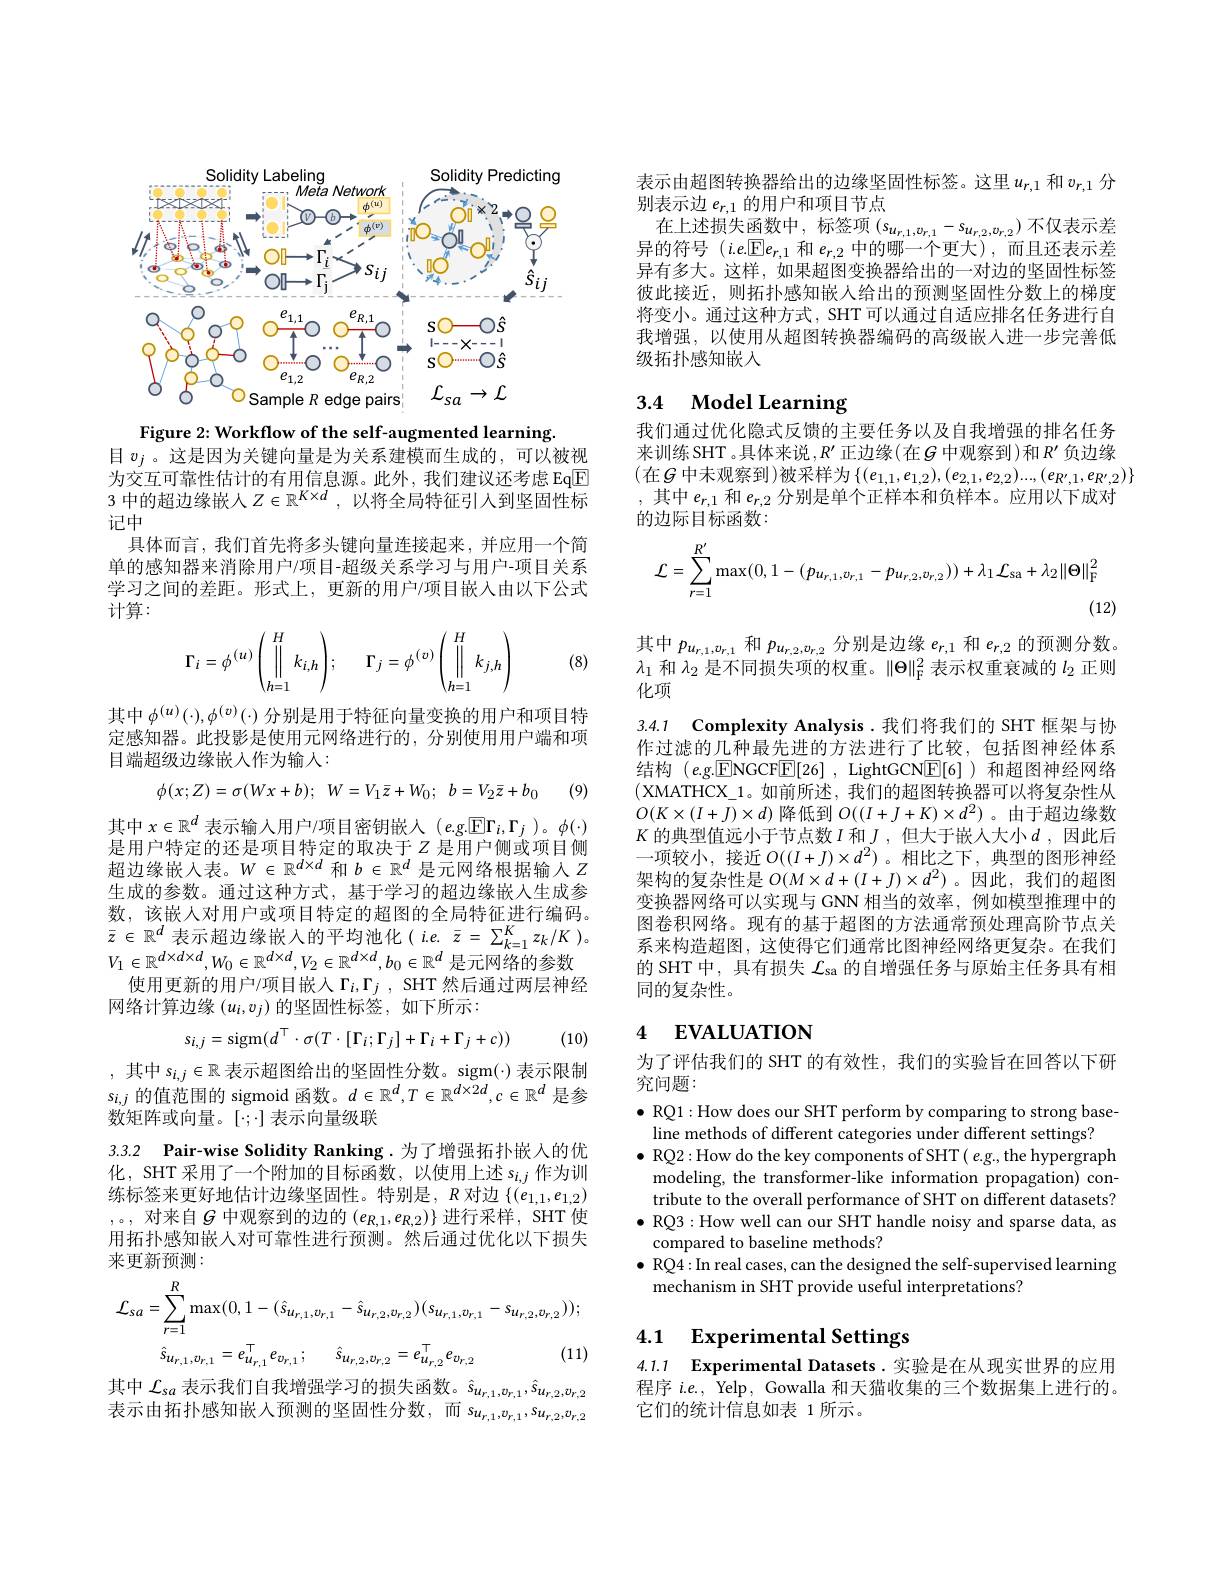
<FigureHere>

Figure 2: Workflow of the self-augmented learning.
目$v_j$ 。这是因为关键向量是为关系建模而生成的，可以被视为交互可靠性估计的有用信息源。此外，我们建议还考虑 Eq$\boxed{\mathrm{F}}$ 3中的超边缘嵌人$Z\in\mathbb{R}^K\times d$,以将全局特征引入到坚固性标记中
具体而言，我们首先将多头键向量连接起来，并应用一个简单的感知器来消除用户/项目-超级关系学习与用户-项目关系学习之间的差距。形式上，更新的用户/项目嵌人由以下公式计算：
$$\Gamma_i=\phi^{(u)}\left(\prod\limits_{h=1}^Hk_{i,h}\right);\quad\Gamma_j=\phi^{(v)}\left(\prod\limits_{h=1}^Hk_{j,h}\right)$$
(8)

其中$\phi^{(u)}(\cdot),\phi^{(v)}(\cdot)$分别是用于特征向量变换的用户和项目特定感知器。此投影是使用元网络进行的，分别使用用户端和项目端超级边缘嵌入作为输人：
$$\phi(x;Z)=\sigma(Wx+b);\:W=V_{1}\bar{z}+W_{0};\:b=V_{2}\bar{z}+b_{0}$$
(9)

其中$x\in\mathbb{R}^d$表示输入用户/项目密钥嵌人$(e.$g.$\mathbb{E}\Gamma_i,\Gamma_j)。\phi(\cdot)$

是用户特定的还是项目特定的取决于$Z$是用户侧或项目侧超边缘嵌人表。$W\in\mathbb{R}^d\times d$和$b\in\mathbb{R}^d$是元网络根据输入$Z$ 生成的参数。通过这种方式，基于学习的超边缘嵌入生成参数，该嵌人对用户或项目特定的超图的全局特征进行编码。$\bar{z}\in\mathbb{R}^d$表示超边缘嵌入的平均池化$( i. e.$ $\bar{z} = \sum _{k= 1}^Kz_k/ K) $。$V_1\in\mathbb{R}^{d\times d\times d},W_0\in\mathbb{R}^{d\times d},V_2\in\mathbb{R}^{d\times d},b_0\in\mathbb{R}^d$是元网络的参数
使用更新的用户/项目嵌入$\Gamma_i,\Gamma_j$, SHT 然后通过两层神经
网络计算边缘$(u_i,v_j)$的坚固性标签，如下所示：
$$s_{i,j}=\mathrm{sigm}(d^{\top}\cdot\sigma(T\cdot[\Gamma_{i};\Gamma_{j}]+\Gamma_{i}+\Gamma_{j}+c))$$
(10)

,其中$s_i,j\in\mathbb{R}$表示超图给出的坚固性分数。$\operatorname{sigm}(\cdot)$表示限制$s_{i,j}$的值范围的 sigmoid 函数。$d\in\mathbb{R}^d,T\in\mathbb{R}^d\times2d,c\in\mathbb{R}^d$是参数矩阵或向量。[:]表示向量级联

3.3.2 Pair-wise Solidity Ranking.为了增强拓扑嵌入的优化，SHT 采用了一个附加的目标函数，以使用上述$s_{i,j}$作为训

练标签来更好地估计边缘坚固性。特别是，$R$对边$\{(e_{1,1},e_{1,2})$ ,。,对来自$\mathcal{G}$中观察到的边的$(e_R,1,e_{R,2})\}$进行采样，SHT 使用拓扑感知嵌人对可靠性进行预测。然后通过优化以下损失来更新预测：
$$\begin{aligned}\mathcal{L}_{sa}&=\sum_{r=1}^{R}\max(0,1-(\hat{s}_{u_{r,1},v_{r,1}}-\hat{s}_{u_{r,2},v_{r,2}})(s_{u_{r,1},v_{r,1}}-s_{u_{r,2},v_{r,2}}));\\&\hat{s}_{u_{r,1},v_{r,1}}=e_{u_{r,1}}^{\top}e_{v_{r,1}}\:;\quad\hat{s}_{u_{r,2},v_{r,2}}=e_{u_{r,2}}^{\top}e_{v_{r,2}}&\text{(11)}\end{aligned}$$
其 中 $\mathcal{L} _{sa}$ 表 示 我 们 自 我 增 强 学 习 的 损 失 函 数 。$\hat{s} _{u_{r, 1}, v_{r, 1}}, \hat{s} _{u_{r, 2}, v_{r, 2}}$ 表 示 由 拓 扑 感 知 嵌 入 预 测 的 坚 固 性 分 数 , 而 $s_{u_{r, 1}, v_{r, 1}}, s_{u_{r, 2}, v_{r, 2}}$

表示由超图转换器给出的边缘坚固性标签。这里$u_{r,1}$ 和$v_{r,1}$ 分
别表示边$e_{r,1}$的用户和项目节点
在上述损失函数中，标签项$\left(s_{u_{r,1},v_{r,1}}-s_{u_{r,2},v_{r,2}}\right)$不仅表示差异的符号$(i.e.\boxed{\mathrm{E}}e_{r,1}$和$e_r,2$中的哪一个更大),而且还表示差异有多大。这样，如果超图变换器给出的一对边的坚固性标签彼此接近，则拓扑感知嵌入给出的预测坚固性分数上的梯度将变小。通过这种方式，SHT 可以通过自适应排名任务进行自我增强，以使用从超图转换器编码的高级嵌入进一步完善低级拓扑感知嵌入

# 3.4 Model Learning

我们通过优化隐式反馈的主要任务以及自我增强的排名任务来训练 SHT 。具体来说$,R^\prime$正边缘(在$G$中观察到 )和$R^\prime$负边缘(在$G$ 中未观察到)被采样为$\{(e_1,1,e_{1,2}),(e_{2,1},e_{2,2})...,(e_{R^{\prime},1},e_{R^{\prime},2})\}$
,其中$e_r,1$和$e_{r,2}$分别是单个正样本和负样本。应用以下成对
的边际目标函数：
$$\mathcal{L}=\sum_{r=1}^{R'}\max(0,1-(p_{u_{r,1},v_{r,1}}-p_{u_{r,2},v_{r,2}}))+\lambda_{1}\mathcal{L}_{\mathrm{sa}}+\lambda_{2}\|\Theta\|_{\mathrm{F}}^{2}$$
(12)

3.4.1 $\textbf{Complexity Analysis. 我 们 将 我 们 的 SHT 框 架 与 协 }$ 作过滤的几种最先进的方法进行了比较，包括图神经体系

其中$p_{u_{r,1},v_{r,1}}$和$p_{u_{r,2},v_{r,2}}$分别是边缘$e_r,1$和$e_r,2$的预测分数。$\lambda_1$和$\lambda_2$是不同损失项的权重。$\|\Theta\|_\mathrm{F}^2$表示权重衰减的$l_2$正则化项
结构$(e.$g.$\boxed{\mathrm{ENGCFE[26],LightGCN}}\boxed{\mathrm{E[6])}}$和超图神经网络( XMATHCX\_1。如前所述，我们的超图转换器可以将复杂性从$O(K\times(I+J)\times d)$降低到$O((I+J+K)\times d^{2})$ 。由于超边缘数$K$ 的典型值远小于节点数$I$ 和$J$,但大于嵌人大小$d$,因此后一项较小，接近$O((I+J)\times d^{2})$。相比之下，典型的图形神经架构的复杂性是$O(M\times d+(I+J)\times d^{2})$ 。因此，我们的超图变换器网络可以实现与 GNN 相当的效率，例如模型推理中的图卷积网络。现有的基于超图的方法通常预处理高阶节点关系来构造超图，这使得它们通常比图神经网络更复杂。在我们的 SHT 中，具有损失$\mathcal{L}_\mathrm{sa}$的自增强任务与原始主任务具有相同的复杂性。

## 4 EVALUATION

为了评估我们的 SHT 的有效性，我们的实验旨在回答以下研
究问题：

$\bullet$ RQ1: How does our SHT perform by comparing to strong base-
line methods of different categories under different settings?
$\bullet$ RQ2: How do the key components of SHT( e.g., the hypergraph modeling, the transformer-like information propagation) contribute to the overall performance of SHT on different datasets?
$\bullet$ RQ3: How well can our SHT handle noisy and sparse data, as
compared to baseline methods?
$\bullet$ RQ4:In real cases, can the designed the self-supervised learning
mechanism in SHT provide useful interpretations?

4.1 $\textbf{Experimental Settings}$

4.1.1 Experimental Datasets .实验是在从现实世界的应用程序$i.e.$, Yelp, Gowalla 和天猫收集的三个数据集上进行的。它们的统计信息如表 1所示。